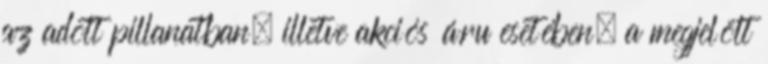
az adott pillanatban, illetve akciós áru esetében, a megjelölt